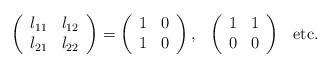
LaTeX: \begin{align*}\left( \begin{array}{cc} l_{11} & l_{12} \\ l_{21} & l_{22} \end{array} \right)= \left( \begin{array}{cc} 1 & 0 \\ 1 & 0 \end{array} \right),\hspace{3mm} \left( \begin{array}{cc} 1 & 1 \\ 0 & 0 \end{array} \right) \hspace{3mm} \mbox{etc.} \end{align*}